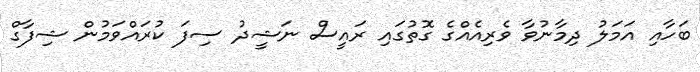
ބަހާއި އަމަލު ދިމާނުވާ ވެރިއެއްގެ ގޮތުގައި ރައީސް ނަޝީދު ސިފަ ކުރައްވަމުން ޝިފާގް